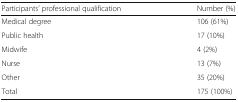
<table><thead><tr><td><b>Participants’ professional qualification</b></td><td><b>Number (%)</b></td></tr></thead><tbody><tr><td>Medical degree</td><td>106 (61%)</td></tr><tr><td>Public health</td><td>17 (10%)</td></tr><tr><td>Midwife</td><td>4 (2%)</td></tr><tr><td>Nurse</td><td>13 (7%)</td></tr><tr><td>Other</td><td>35 (20%)</td></tr><tr><td>Total</td><td>175 (100%)</td></tr></tbody></table>